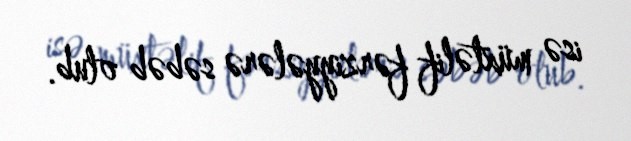
isə müxtəlif fərziyyələrə səbəb olub.